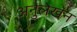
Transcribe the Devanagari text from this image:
अनुलेखन